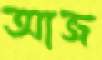
আজ